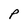
Character: P